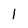
Character: 1